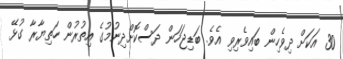
30 އަަކަށް ދިވެހިން ބައިވެރިވި އެވެ. ބަޑިޖަހަން ދަސްކޮށްދިނުމުގެ އިތުރުން ހަތިޔާރާ ގުޅޭ